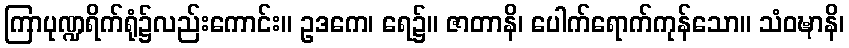
ကြာပုဏ္ဍရိက်ရုံ၌လည်းကောင်း။ ဥဒကေ၊ ရေ၌။ ဇာတာနိ၊ ပေါက်ရောက်ကုန်သော။ သံဝဍ္ဎာနိ၊